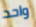
واحد